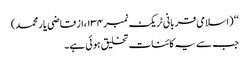
‘‘ (اسلامی قربانی ٹریکٹ نمبر۱۳۴،ازقاضی یار محمد)
جب سے یہ کائنات تخلیق ہوئی ہے۔